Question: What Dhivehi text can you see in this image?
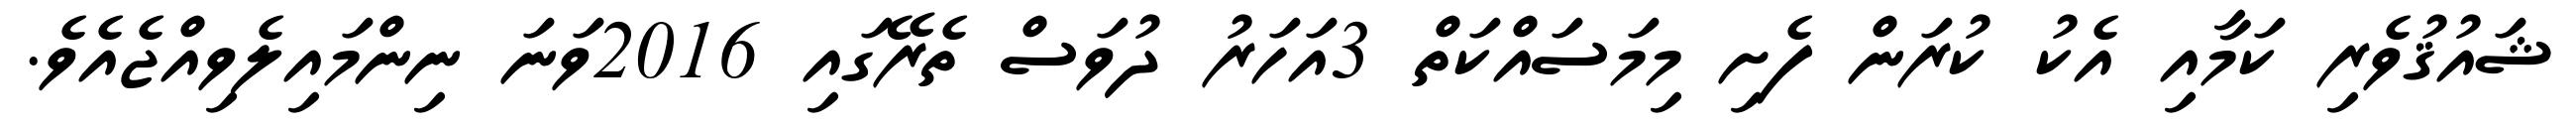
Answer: ޝައުޤުވެރި ކަމާއި އެކު ކުރަން ފެށި މިމަސައްކަތް 3އަހަރު ދުވަސް ތެރޭގައި 2016ވަނަ ނިންމައިލެވިއްޖެއެވެ.